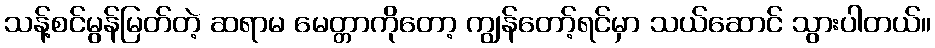
သန့်စင်မွန်မြတ်တဲ့ ဆရာမ မေတ္တာကိုတော့ ကျွန်တော့်ရင်မှာ သယ်ဆောင် သွားပါတယ်။